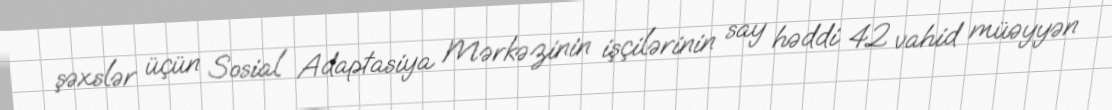
şəxslər üçün Sosial Adaptasiya Mərkəzinin işçilərinin say həddi 42 vahid müəyyən